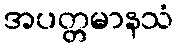
အပတ္တမာနသံ